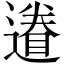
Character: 𨖩